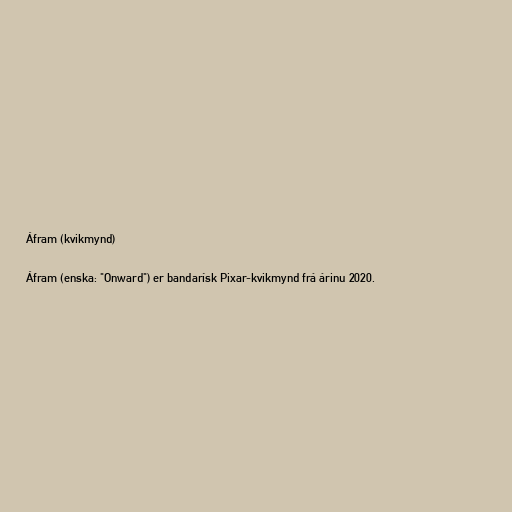
Áfram (kvikmynd)

Áfram (enska: "Onward") er bandarísk Pixar-kvikmynd frá árinu 2020.